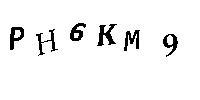
PH6KM9